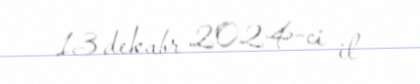
13 dekabr 2024-ci il